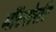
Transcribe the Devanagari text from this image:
मौंटसेर्राट